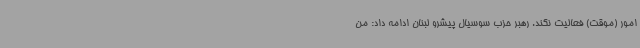
امور (موقت) فعالیت نکند. رهبر حزب سوسیال پیشرو لبنان ادامه داد: من